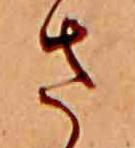
さ